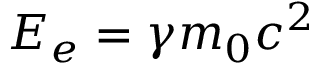
E _ { e } = \gamma m _ { 0 } c ^ { 2 }